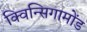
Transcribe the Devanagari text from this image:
क्विन्सिगामोंड